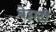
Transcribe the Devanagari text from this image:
बेट्टाटी